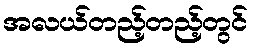
အလယ်တည့်တည့်တွင်